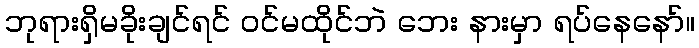
ဘုရားရှိမခိုးချင်ရင် ဝင်မထိုင်ဘဲ ဘေး နားမှာ ရပ်နေနော်။